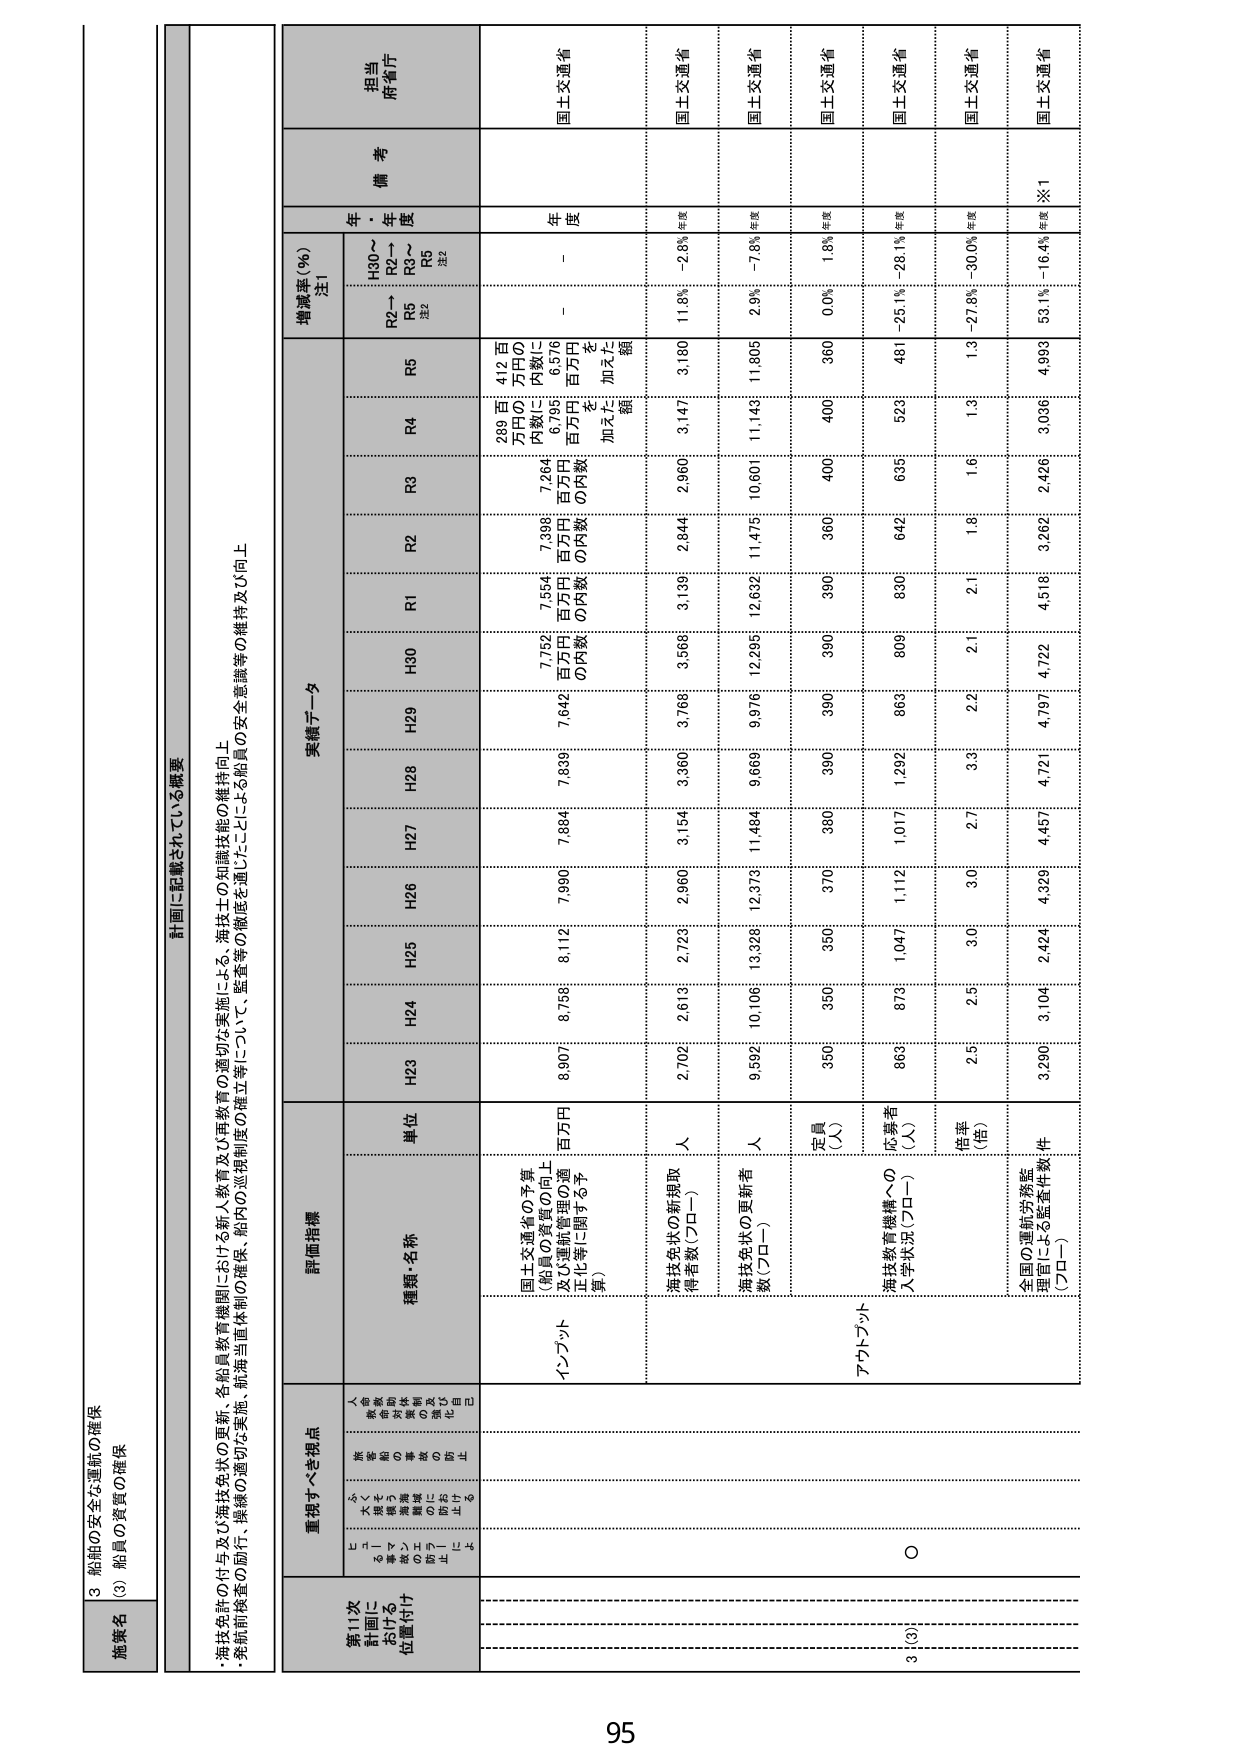
3 船舶の安全な運航の確保
(3) 船員の資質の確保

施策名

計画に記載されている概要
・海技免許の付与及び海技免状の更新、各船員教育機関における新人教育及び再教育の適切な実施による、海技士の知識技能の維持向上
・発航前検査の励行、操縦の適切な実施、航海当直体制の確保、船内の巡視制度の確立等について、監督等の徹底を通じてによる船員の安全意識等の維持及び向上

第11次
計画に
おける
位置付け

重視すべき視点
（各施策の
実施にあたって
重視すべき視点）

評価指標

実績データ

増減率（％）
注1

備考

担当
府・省庁

種類・名称

単位

H30～
R2→
R3～
R5
注2

年
度

年
度

インプット

国土交通省の予算
（船員の資質の向上
及び運航管理の適
正化等に関する予
算）

百万円

H23
H24
H25
H26
H27
H28
H29
H30
R1
R2
R3
R4
R5

8,907
8,756
8,112
7,990
7,884
7,839
7,642
7,752
7,554
7,998
7,264
6,795
6,576

289 百万円の内数に
412 百万円の内数に
百万元の内数を加えた額

－

国土交通省

アウトプット

海技免状の新規取得者数（プロー）

人

2,702
2,613
2,723
2,960
3,154
3,360
3,766
3,566
3,139
2,844
2,960
3,147
3,180

11.3%
－2.8%
年度

国土交通省

海技免状の更新者数（プロー）

人

9,592
10,106
13,328
12,373
11,484
9,669
9,976
12,296
12,632
11,475
10,601
11,143
11,805

2.9%
－7.8%
年度

国土交通省

定員（人）

350
350
350
370
380
390
390
390
390
360
400
400
360

0.0%
1.8%
年度

国土交通省

海技教育機構への入学者数（プロー）

人

863
873
1,047
1,112
1,017
1,292
983
809
830
642
635
523
481

－25.1%
－28.1%
年度

国土交通省

倍率（倍）

2.5
2.5
3.0
3.0
2.7
3.3
2.2
2.1
2.1
1.8
1.6
1.3
1.3

－27.8%
－30.0%
年度

国土交通省

全国の運航労務監理官による監査件数/件（プロー）

件

3,290
3,104
2,424
4,329
4,457
4,721
4,797
4,722
4,518
3,262
2,426
3,036
4,993

53.1%
－16.4%
年度
※1

国土交通省

95